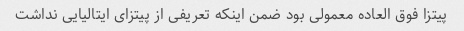
پیتزا فوق العاده معمولی بود ضمن اینکه تعریفی از پیتزای ایتالیایی نداشت